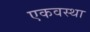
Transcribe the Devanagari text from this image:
एकवस्था